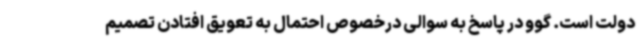
دولت است. گوو در پاسخ به سوالی درخصوص احتمال به تعویق افتادن تصمیم